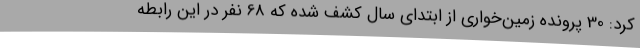
کرد: 30 پرونده زمین‌خواری از ابتدای سال کشف شده که 68 نفر در این رابطه